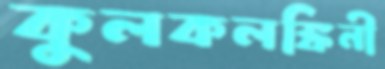
কুলকলঙ্কিনী